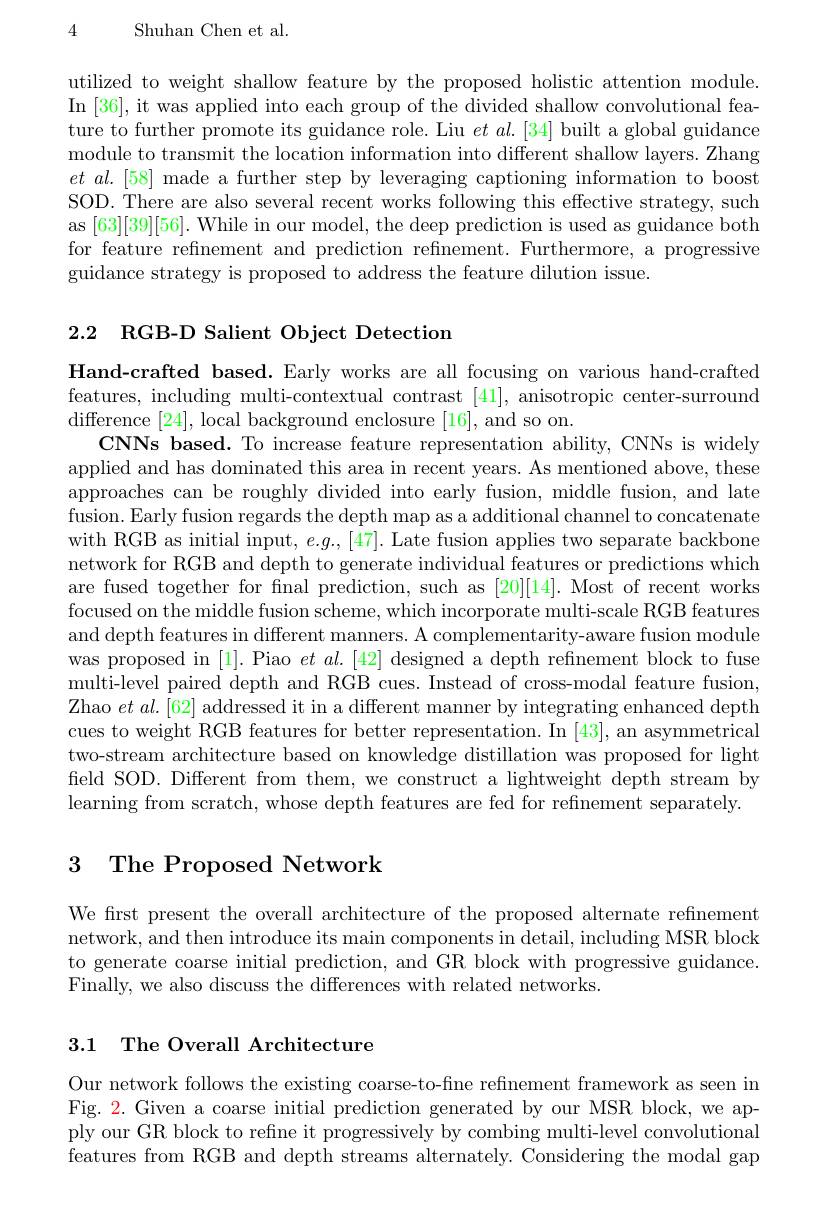
4

Shuhan Chen et al.

utilized to weight shallow feature by the proposed holistic attention module In [36], it was applied into each group of the divided shallow convolutional feature to further promote its guidance role. Liu $et\textit{al. [ 34] built a global guidance}$ module to transmit the location information into different shallow layers. Zhang $etal.[58]$ made a further step by leveraging captioning information to boost SOD. There are also several recent works following this effective strategy, such as [63][39][56]. While in our model, the deep prediction is used as guidance both for feature refinement and prediction refinement. Furthermore, a progressive guidance strategy is proposed to address the feature dilution issue.

2.2 RGB- D Salient Object Detection

Hand-crafted based. Early works are all focusing on various hand-crafted features, including multi-contextual contrast [41], anisotropic center-surround difference [24], local background enclosure [16], and so on.
CNNs based. To increase feature representation ability, CNNs is widely applied and has dominated this area in recent years. As mentioned above, these approaches can be roughly divided into early fusion, middle fusion, and late fusion. Early fusion regards the depth map as a additional channel to concatenate with RGB as initial input, $e.g.,[47].$ Late fusion applies two separate backbone network for RGB and depth to generate individual features or predictions which are fused together for final prediction, such as [20][14]. Most of recent works focused on the middle fusion scheme, which incorporate multi-scale RGB features and depth features in different manners. A complementarity-aware fusion module was proposed in [1]. Piao $et\textit{al. [ 42] designed a depth refinement block to fuse}$ multi-level paired depth and RGB cues. Instead of cross-modal feature fusion, Zhao $et\textit{al. [ 62] addressed it in a different manner by integrating enhanced depth}$ cues to weight RGB features for better representation. In [43],an asymmetrical two-stream architecture based on knowledge distillation was proposed for light field SOD. Different from them, we construct a lightweight depth stream by learning from scratch, whose depth features are fed for refinement separately.

# 3 The Proposed Network

We frst present the overall architecture of the proposed alternate refinement network, and then introduce its main components in detail, including MSR block to generate coarse initial prediction, and GR block with progressive guidance Finally, we also discuss the differences with related networks.

# 3.1 The Overall Architecture

Our network follows the existing coarse-to-fine refinement framework as seen in Fig. 2. Given a coarse initial prediction generated by our MSR block, we apply our GR block to refine it progressively by combing multi-level convolutional features from RGB and depth streams alternately. Considering the modal gap